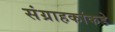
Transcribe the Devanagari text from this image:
संग्राहकांकडे